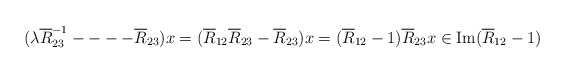
\begin{align*}(\lambda \overline{R}_{23}^{-1}- - --\overline{R}_{23})x=(\overline{R}_{12}\overline{R}_{23}-\overline{R}_{23})x=(\overline{R}_{12}-1)\overline{R}_{23}x\in \mbox{Im}(\overline{R}_{12}-1)\end{align*}